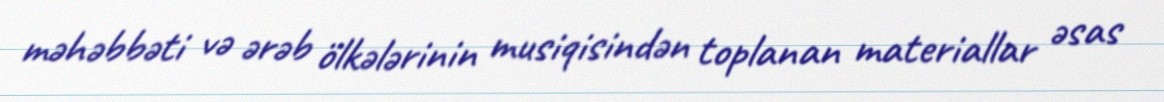
məhəbbəti və ərəb ölkələrinin musiqisindən toplanan materiallar əsas